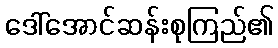
ဒေါ်အောင်ဆန်းစုကြည်၏